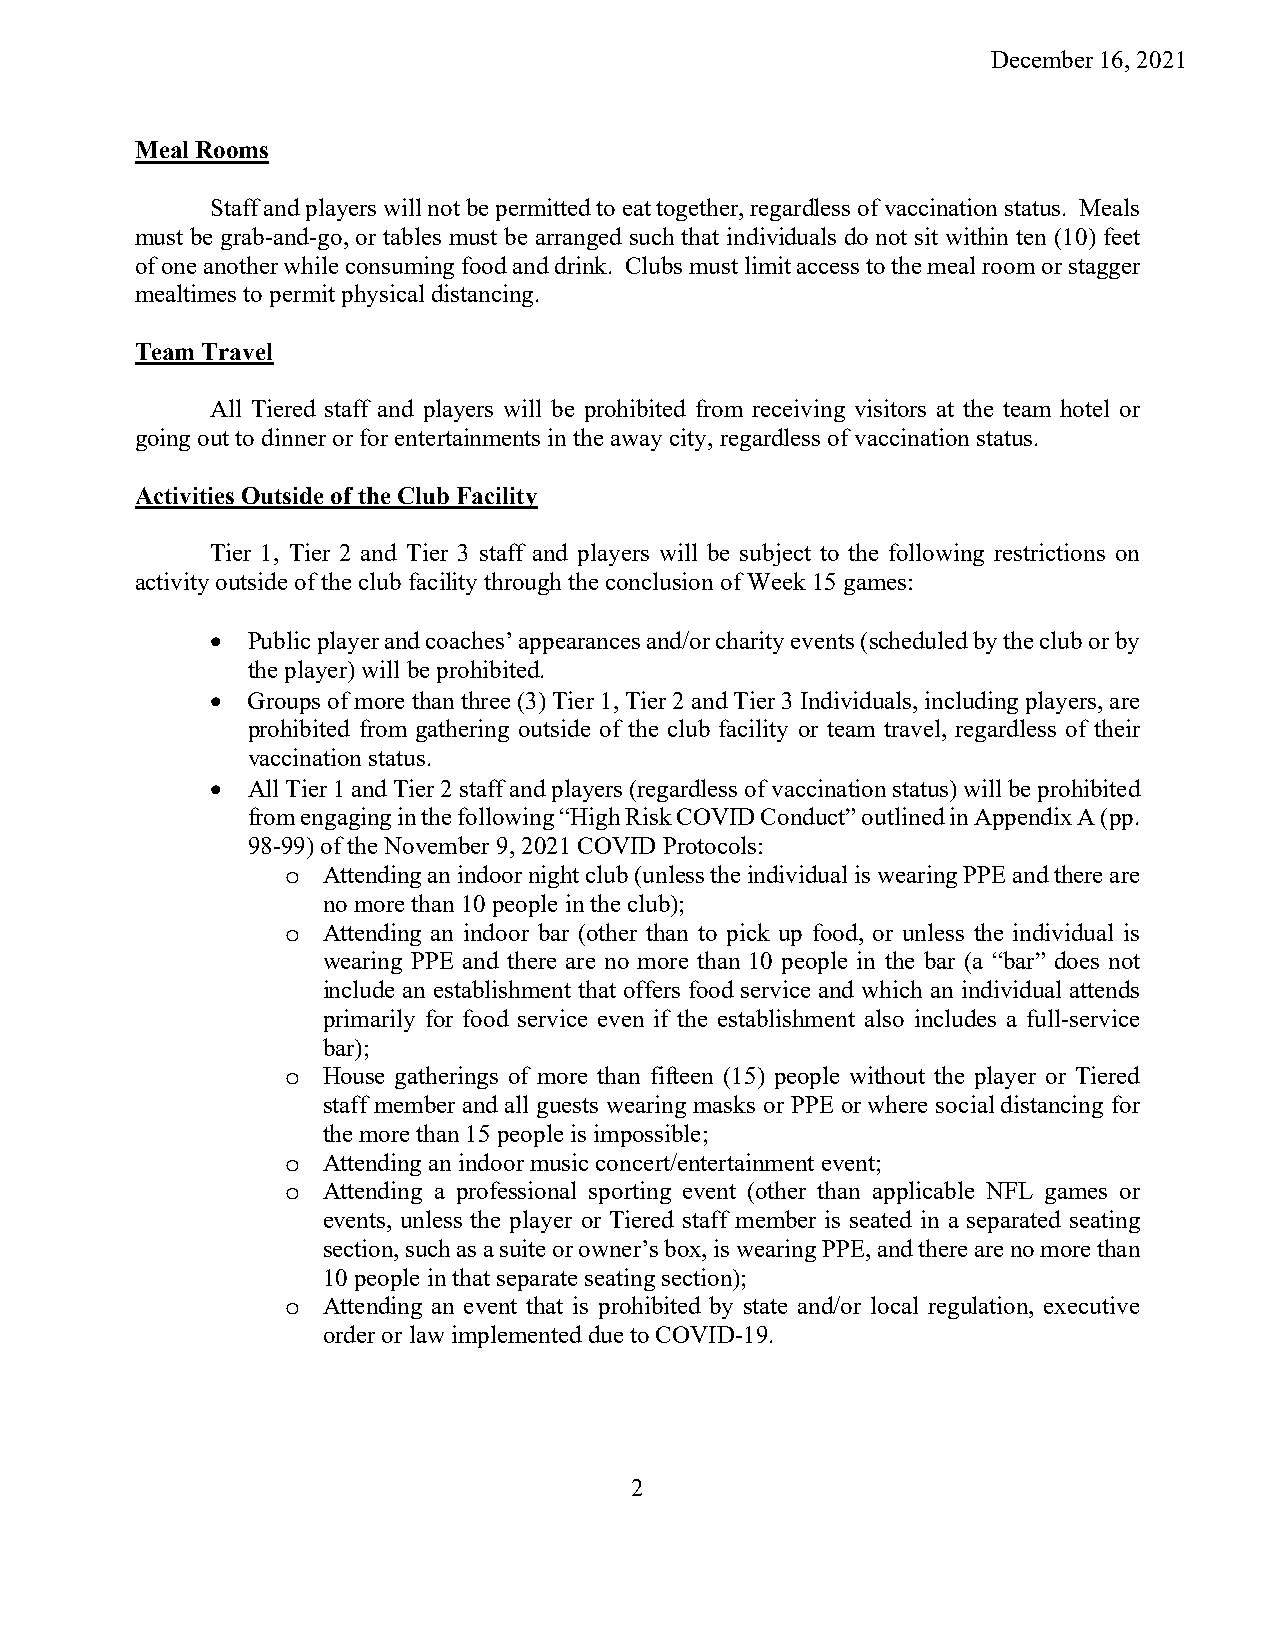
December 16, 2021
 Meal Rooms
 Staff and players will not be permitted to eat together, regardless of vaccination status. Meals
 must be grab-and-go, or tables must be arranged such that individuals do not sit within ten (10) feet
 of one another while consuming food and drink. Clubs must limit access to the meal room or stagger
 mealtimes to permit physical distancing.
 Team Travel
 All Tiered staff and players will be prohibited from receiving visitors at the team hotel or
 going out to dinner or for entertainments in the away city, regardless of vaccination status.
 Activities Outside of the Club Facility
 Tier 1, Tier 2 and Tier 3 staff and players will be subject to the following restrictions on
 activity outside of the club facility through the conclusion of Week 15 games:
  Public player and coaches’ appearances and/or charity events (scheduled by the club or by
 the player) will be prohibited.
  Groups of more than three (3) Tier 1, Tier 2 and Tier 3 Individuals, including players, are
 prohibited from gathering outside of the club facility or team travel, regardless of their
 vaccination status.
  All Tier 1 and Tier 2 staff and players (regardless of vaccination status) will be prohibited
 from engaging in the following “High Risk COVID Conduct” outlined in Appendix A (pp.
 98-99) of the November 9, 2021 COVID Protocols:
 o Attending an indoor night club (unless the individual is wearing PPE and there are
 no more than 10 people in the club);
 o Attending an indoor bar (other than to pick up food, or unless the individual is
 wearing PPE and there are no more than 10 people in the bar (a “bar” does not
 include an establishment that offers food service and which an individual attends
 primarily for food service even if the establishment also includes a full-service
 bar);
 o House gatherings of more than fifteen (15) people without the player or Tiered
 staff member and all guests wearing masks or PPE or where social distancing for
 the more than 15 people is impossible;
 o Attending an indoor music concert/entertainment event;
 o Attending a professional sporting event (other than applicable NFL games or
 events, unless the player or Tiered staff member is seated in a separated seating
 section, such as a suite or owner’s box, is wearing PPE, and there are no more than
 10 people in that separate seating section);
 o Attending an event that is prohibited by state and/or local regulation, executive
 order or law implemented due to COVID-19.
 2